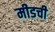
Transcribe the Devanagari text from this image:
मीडची